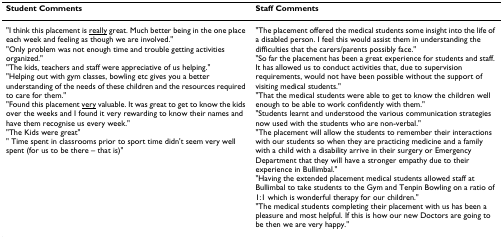
<table><thead><tr><td><b>Student Comments</b></td><td><b>Staff Comments</b></td></tr></thead><tbody><tr><td>&quot;I think this placement is <underline>really</underline> great. Much better being in the one place each week and feeling as though we are involved.&quot;&quot;Only problem was not enough time and trouble getting activities organized.&quot;&quot;The kids, teachers and staff were appreciative of us helping.&quot;&quot;Helping out with gym classes, bowling etc gives you a better understanding of the needs of these children and the resources required to care for them.&quot;&quot;Found this placement <underline>very</underline> valuable. It was great to get to know the kids over the weeks and I found it very rewarding to know their names and have them recognise us every week.&quot;&quot;The Kids were great&quot;&quot; Time spent in classrooms prior to sport time didn&#x27;t seem very well spent (for us to be there – that is)&quot;</td><td>&quot;The placement offered the medical students some insight into the life of a disabled person. I feel this would assist them in understanding the difficulties that the carers/parents possibly face.&quot;&quot;So far the placement has been a great experience for students and staff. It has allowed us to conduct activities that, due to supervision requirements, would not have been possible without the support of visiting medical students.&quot;&quot;That the medical students were able to get to know the children well enough to be able to work confidently with them.&quot;&quot;Students learnt and understood the various communication strategies now used with the students who are non-verbal.&quot;&quot;The placement will allow the students to remember their interactions with our students so when they are practicing medicine and a family with a child with a disability arrive in their surgery or Emergency Department that they will have a stronger empathy due to their experience in Bullimbal.&quot;&quot;Having the extended placement medical students allowed staff at Bullimbal to take students to the Gym and Tenpin Bowling on a ratio of 1:1 which is wonderful therapy for our children.&quot;&quot;The medical students completing their placement with us has been a pleasure and most helpful. If this is how our new Doctors are going to be then we are very happy.&quot;</td></tr></tbody></table>